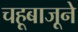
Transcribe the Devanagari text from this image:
चहूबाजूने